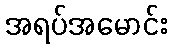
အရပ်အမောင်း